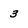
Character: 3